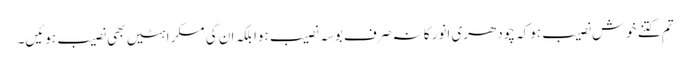
تم کتنے خوش نصیب ہوکہ چودھری انور کا نہ صرف بوسہ نصیب ہوا بلکہ ان کی مسکراہٹیں بھی نصیب ہوئیں۔